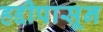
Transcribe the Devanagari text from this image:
हद्दीपासून